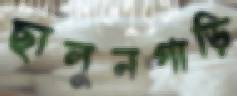
ছালুনগাড়ি